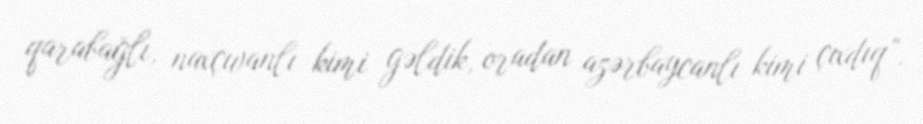
qarabağlı, naxçıvanlı kimi gəldik, oradan azərbaycanlı kimi çıxdıq”.